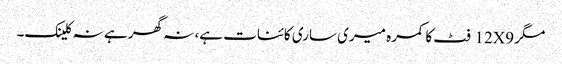
مگر 12X9 فٹ کا کمرہ میری ساری کائنات ہے، نہ گھر ہے نہ کلینک۔